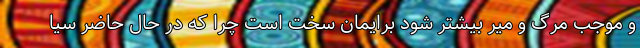
و موجب مرگ و میر بیشتر شود برایمان سخت است چرا که در حال حاضر سیا